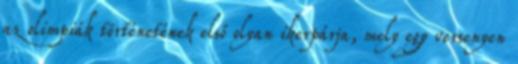
az olimpiák történetének első olyan ikerpárja, mely egy versenyen